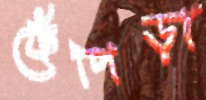
ফেঁপিড়া